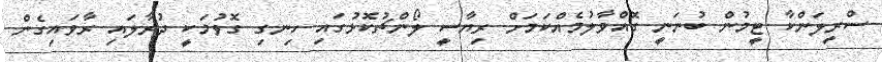
ސްރީލަންކާ ޓީމުން ބުނަނީ ގޮއްވާލުމެއްކަމަށް ރިޔާސީ ލޯންޗުކޮޅުގައި ހިނގި ގޮވުމަކީ ދުރާލައި ރާވައިގެން